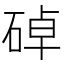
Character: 䂽